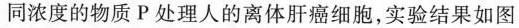
同浓度的物质P处理人的离体肝癌细胞，实验结果如图